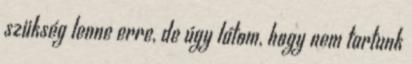
szükség lenne erre, de úgy látom, hogy nem tartunk